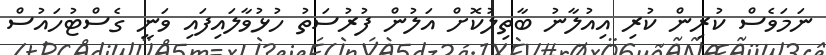
ނަމަވެސް ކުރިން ކުރި އިއުލާނު ބާތިލުކޮށް އަލުން ފުރުސަތު ހުޅުވާލައިފައި ވަނީ ގެސްޓުހައުސް